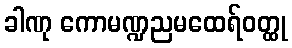
ခါဏု ကောမဏ္ဍညမထေရ်ဝတ္ထု